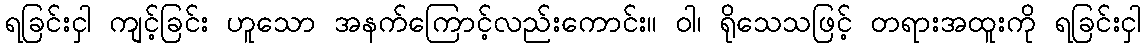
ရခြင်းငှါ ကျင့်ခြင်း ဟူသော အနက်ကြောင့်လည်းကောင်း။ ဝါ၊ ရိုသေသဖြင့် တရားအထူးကို ရခြင်းငှါ